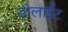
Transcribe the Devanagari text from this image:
डीलाईट